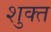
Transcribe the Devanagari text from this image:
शुक्त